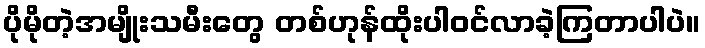
ပိုမိုတဲ့အမျိုးသမီးတွေ တစ်ဟုန်ထိုးပါဝင်လာခဲ့ကြတာပါပဲ။